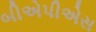
બીએપીએસ